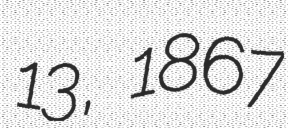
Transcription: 13, 1867